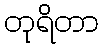
တုရိတာ